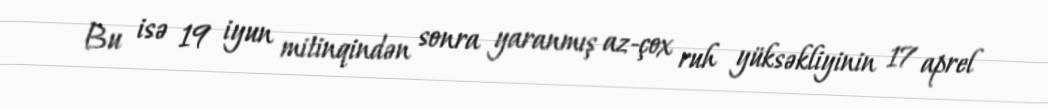
Bu isə 19 iyun mitinqindən sonra yaranmış az-çox ruh yüksəkliyinin 17 aprel